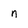
Character: n